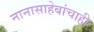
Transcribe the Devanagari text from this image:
नानासाहेबांचाही